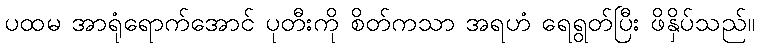
ပထမ အာရုံရောက်အောင် ပုတီးကို စိတ်ကသာ အရဟံ ရေရွတ်ပြီး ဖိနှိပ်သည်။